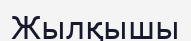
Жылқышы